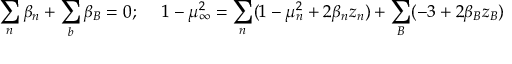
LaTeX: \sum _ { n } \beta _ { n } + \sum _ { b } \beta _ { B } = 0 ; ~ ~ ~ ~ 1 - \mu _ { \infty } ^ { 2 } = \sum _ { n } ( 1 - \mu _ { n } ^ { 2 } + 2 \beta _ { n } z _ { n } ) + \sum _ { B } ( - 3 + 2 \beta _ { B } z _ { B } )